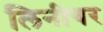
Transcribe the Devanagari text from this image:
लिनीयर